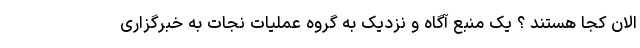
الان کجا هستند ؟ یک منبع آگاه و نزدیک به گروه عملیات نجات به خبرگزاری